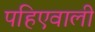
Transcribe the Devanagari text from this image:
पहिएवाली